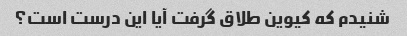
شنیدم که کیوین طلاق گرفت آیا این درست است؟